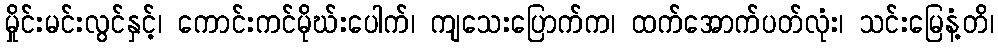
မှိုင်းမင်းလွင်နှင့်၊ ကောင်းကင်မိုဃ်းပေါက်၊ ကျသေးပြောက်က၊ ထက်အောက်ပတ်လုံး၊ သင်းမြေနံ့တိ၊